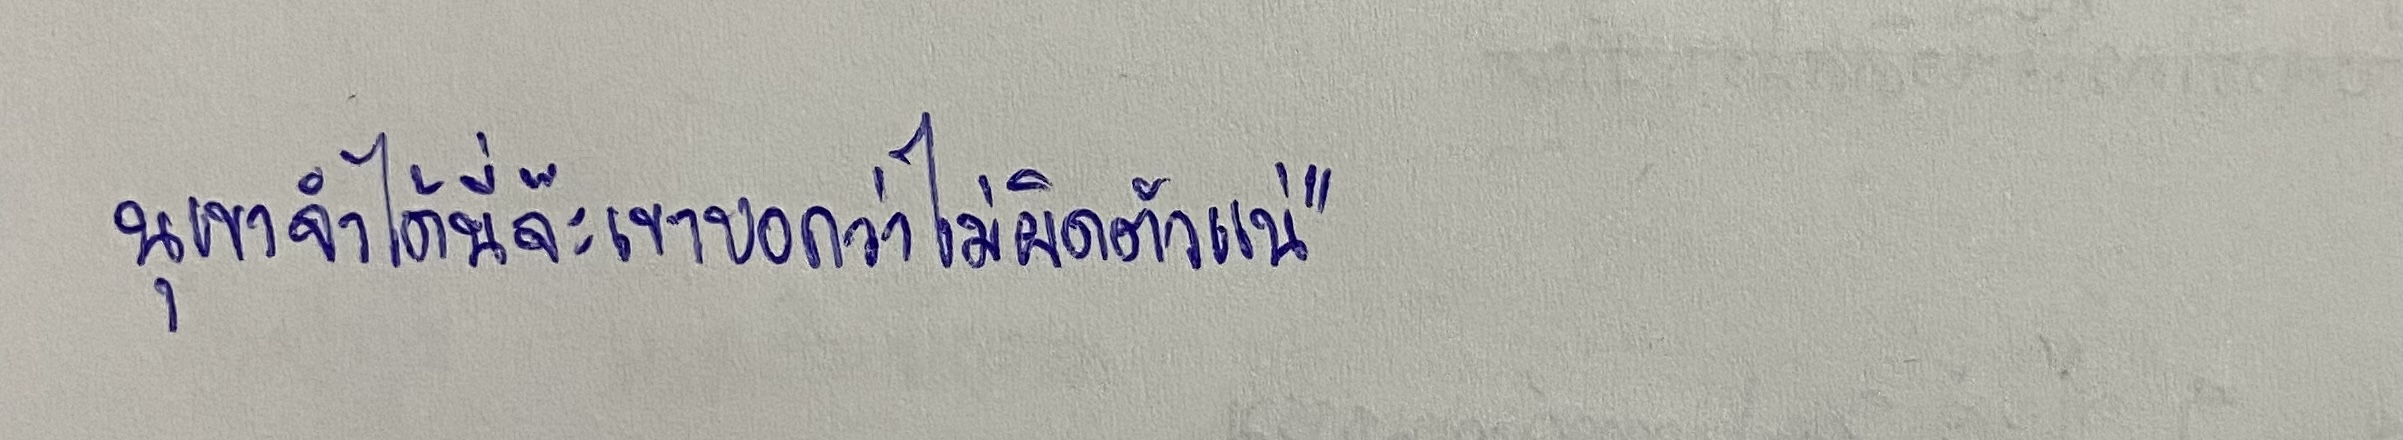
นุเขาจำได้นี่จ๊ะเขาบอกว่าไม่ผิดตัวแน่"